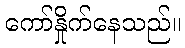
ကော်နှိုက်နေသည်။